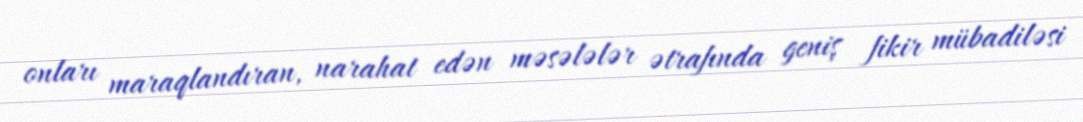
onları maraqlandıran, narahat edən məsələlər ətrafında geniş fikir mübadiləsi